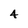
Character: 4